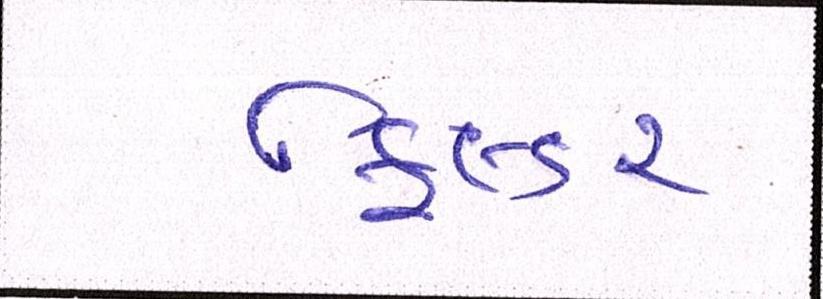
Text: ફિલ્ડર